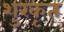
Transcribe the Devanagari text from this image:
शुरकृत